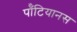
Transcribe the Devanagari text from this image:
पॉँटियानस